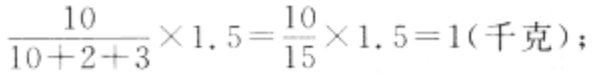
设$MN$与$DE$交于$P$，可知$MP$是梯形$BCC_{1}B_{1}$的中位线，即$P$是$B_{1}C_{1}$的中点。